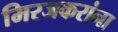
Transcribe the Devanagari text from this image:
मिरजकरांना